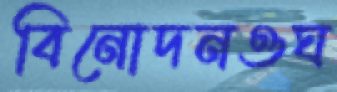
বিনোদনওঘ